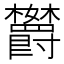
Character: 𬅘